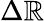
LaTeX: \Delta{\sf\mathbb{R}}